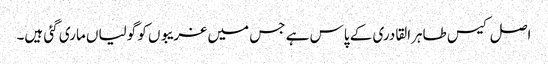
اصل کیس طاہرالقادری کے پاس ہے جس میں غریبوں کو گولیاں ماری گئی ہیں۔